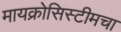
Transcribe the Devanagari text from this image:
मायक्रोसिस्टीमचा